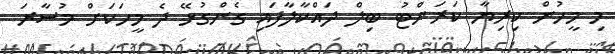
މި މީހުން ކިރިޔާ ކަރަންޓު ބިލް ދައްކާލާފައި ގެންގުޅޭ ދެ މީހަކަށް މުސާރަ